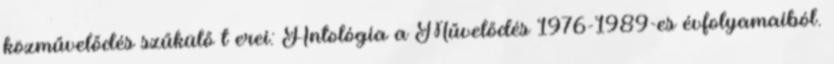
közművelődés szűkülő t erei: Antológia a Művelődés 1976-1989-es évfolyamaiból.